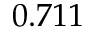
0 . 7 1 1